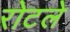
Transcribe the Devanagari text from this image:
रोटले